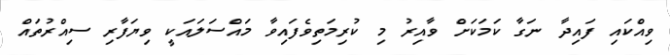
ވިއްކައި ފައިދާ ނަގާ ކަމަކަށް ވާއިރު މި ކުރިމަތިވެފައިވާ މައްސަލައަކީ ވިޔަފާރި ސިއްރުތައް